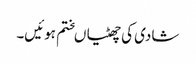
شادی کی چھٹیاںختم ہوئیں۔